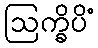
ဩက္ခိပိံ